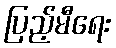
ပြည့်မီရေး